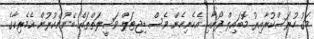
މަގު ހުރަސްކުރާއިރު މޮބައިލް ފޯނާއި އެހެނިހެން ވެސް ޑިޖިޓަލް ވަސީލަތްތައް ބޭނުންކުރުން އެމެރިކާގެ